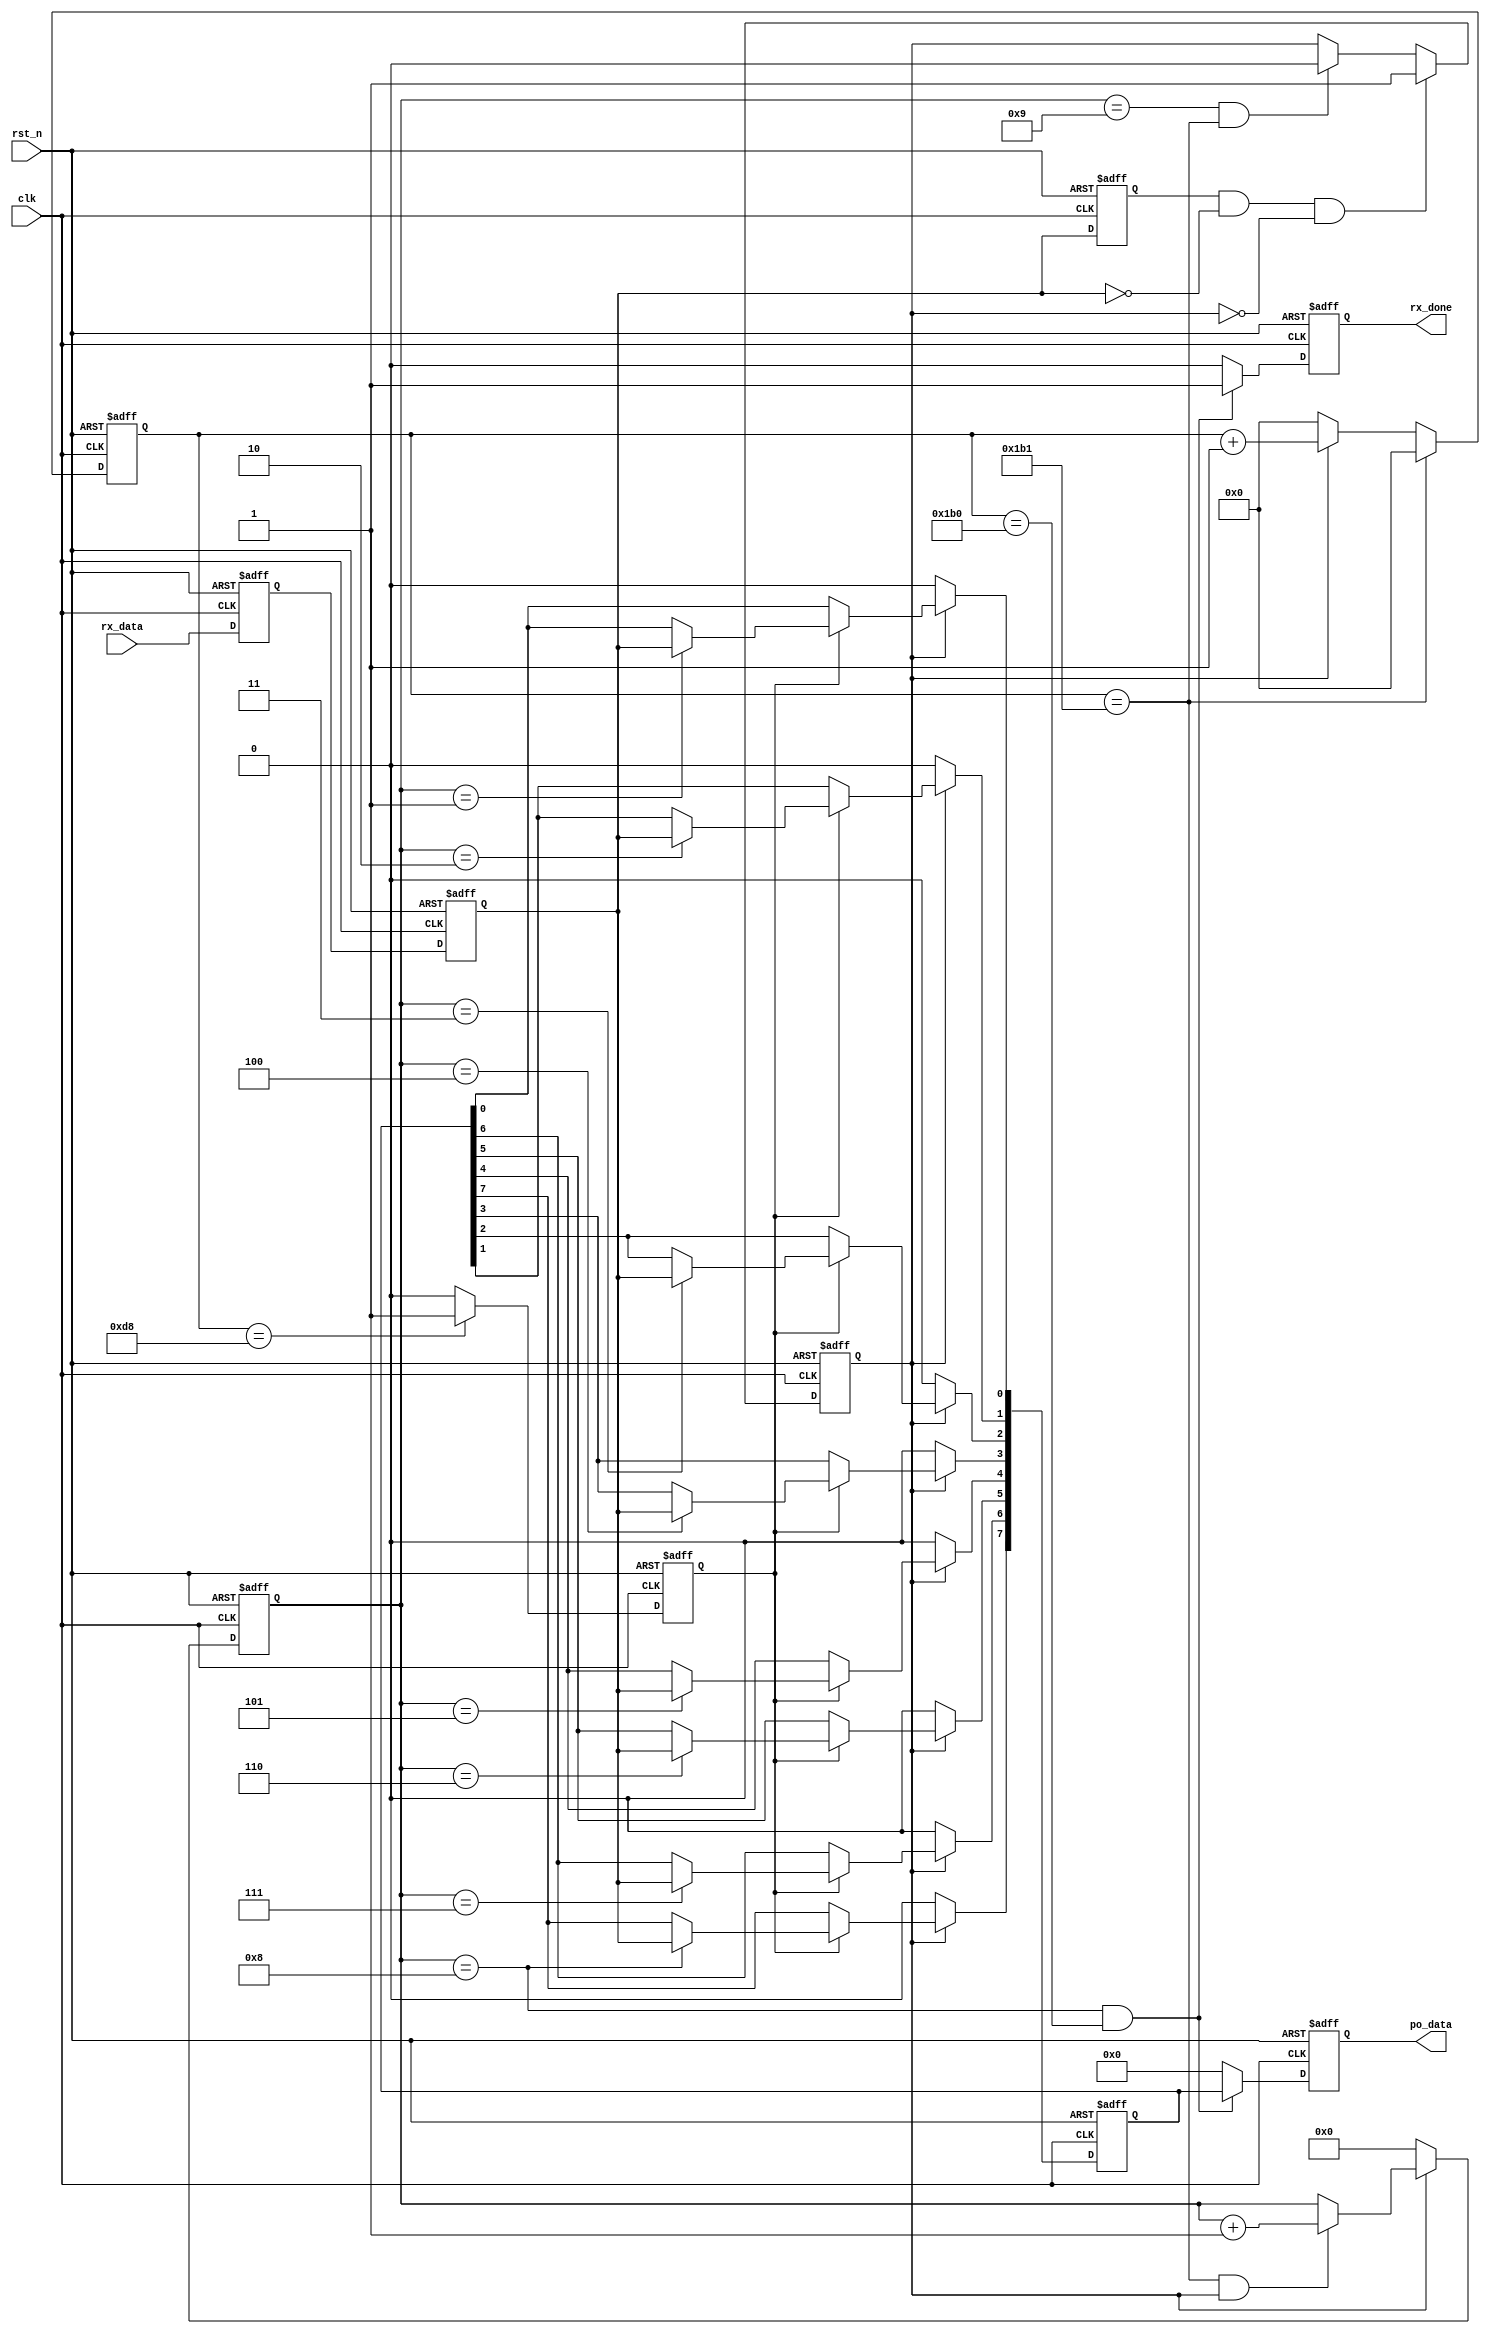
`timescale 1ns / 1ps
module uart_rx(
	//-----------input 
	clk,rst_n,rx_data,
	//-----------output 
	po_data,rx_done
    );
input clk;
input rst_n;
input rx_data;
output [7:0] po_data;
output reg rx_done;

localparam baud_cnt_end = 'd434 - 'd1							;
localparam baud_cnt_m 	= (baud_cnt_end ) / 'd2 		 		;
// localparam baud_cnt_m 	= (baud_cnt_end + 'd1) / 'd2 - 'd1  ;
//------------------------------
reg rx_ff1;
reg rx_ff2;
reg rx_ff3;
reg rx_flag;
reg [12:0] baud_cnt;
reg bit_flag;
reg [3:0] bit_cnt;
reg [7:0] po_data;
reg [7:0] po_data_r;
wire rx_nedge;

always@(posedge clk or negedge rst_n) begin
    if(rst_n == 1'b0) begin 
        rx_ff1 <= 1'b0;
        rx_ff2 <= 1'b0;
        rx_ff3 <= 1'b0;
    end 
    else begin 
        rx_ff1 <= rx_data;
        rx_ff2 <= rx_ff1;
        rx_ff3 <= rx_ff2;
    end 
end 

assign rx_nedge = rx_ff3 && ~rx_ff2 && !rx_flag;
// define rx_flag
always@(posedge clk or negedge rst_n) begin
	if(rst_n == 1'b0)
		rx_flag <= 1'b0;
	else if(rx_nedge == 1'b1)
	    rx_flag	<= 1'b1;
    else if(bit_cnt == 4'd9 && baud_cnt == baud_cnt_end)
	    rx_flag <= 1'b0;
end
//define band_cnt------------------------------
always@(posedge clk or negedge rst_n) begin
	if(rst_n == 1'b0)
		baud_cnt <= 13'd0;	
	else if(baud_cnt == baud_cnt_end)
	    baud_cnt <= 13'd0;
    else if(rx_flag == 1'b1)
        baud_cnt <= baud_cnt + 1'b1;
    else 
        baud_cnt <= 13'd0;
end
//define bit_flag------------------------------
always@(posedge clk or negedge rst_n) begin
	if(rst_n == 1'b0)
		bit_flag <= 1'b0;
	else if(baud_cnt == baud_cnt_m)
	    bit_flag <= 1'b1;
    else 
        bit_flag <= 1'b0;
end
//define bit_cnt------------------------------
always@(posedge clk or negedge rst_n) begin
	if(rst_n == 1'b0)
		bit_cnt <= 4'd0;
	else if(rx_flag == 0)
	    bit_cnt <= 4'd0;
    else if(baud_cnt == baud_cnt_end && rx_flag == 1'b1)
	    bit_cnt <= bit_cnt + 1'b1;
end
//define rx_done------------------------------
always@(posedge clk or negedge rst_n) begin
	if(rst_n == 1'b0)
		rx_done <= 1'b0;
	else if(bit_cnt == 4'd8 && baud_cnt == baud_cnt_end - 'd1)
	    rx_done <= 1'b1;
    else 
	    rx_done <= 1'b0;
end

always@(posedge clk or negedge rst_n) begin
    if(rst_n == 1'b0) 
        po_data <= 8'b0;
    else if(bit_cnt == 4'd8 && baud_cnt == baud_cnt_end - 'd1)
		po_data <= po_data_r;
	else 
		po_data <= 8'd0;
end

always@(posedge clk or negedge rst_n) begin
	if(rst_n == 1'b0)
		po_data_r <= 8'b0;
	else if(rx_flag == 1'b1) begin 
            if(bit_flag)
				case(bit_cnt)
					4'd1    :	po_data_r[0] <= rx_ff2 ;
					4'd2    :	po_data_r[1] <= rx_ff2 ;
					4'd3    :	po_data_r[2] <= rx_ff2 ;
					4'd4    :	po_data_r[3] <= rx_ff2 ;
					4'd5    :	po_data_r[4] <= rx_ff2 ;
					4'd6    :	po_data_r[5] <= rx_ff2 ;
					4'd7    :	po_data_r[6] <= rx_ff2 ;
					4'd8    :	po_data_r[7] <= rx_ff2 ;
					default :   po_data_r <= po_data_r ;	
				endcase
			else 
				po_data_r <= po_data_r;
         end
    else 
        po_data_r <= 8'd0;
end

endmodule